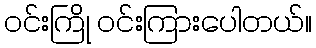
ဝင်းကြို ဝင်းကြားပေါတယ်။